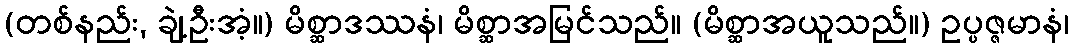
(တစ်နည်း, ချဲ့ဦးအံ့။) မိစ္ဆာဒဿနံ၊ မိစ္ဆာအမြင်သည်။ (မိစ္ဆာအယူသည်။) ဥပ္ပဇ္ဇမာနံ၊